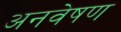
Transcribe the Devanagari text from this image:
अनवेषण